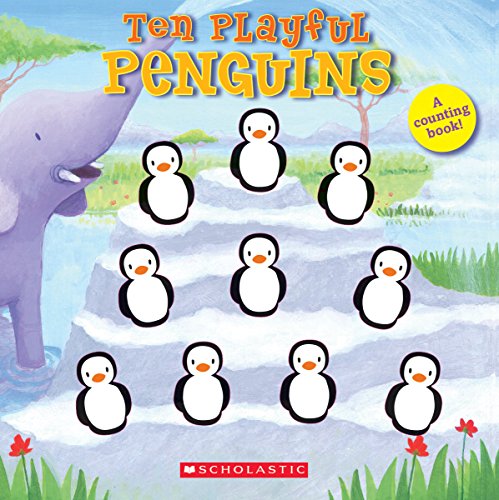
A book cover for Ten Playful Penguins; Emily Ford; Children's Books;